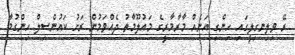
ރޭ ވިލިނގިލީގައި ހިންގި އަނެއް މާރާމާރީގެ މައުލޫމާތު ދެއްވަމުން ރަށު ކައުންސިލް ހިންގުމާ